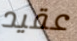
عقيد